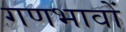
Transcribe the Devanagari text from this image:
गणभावों